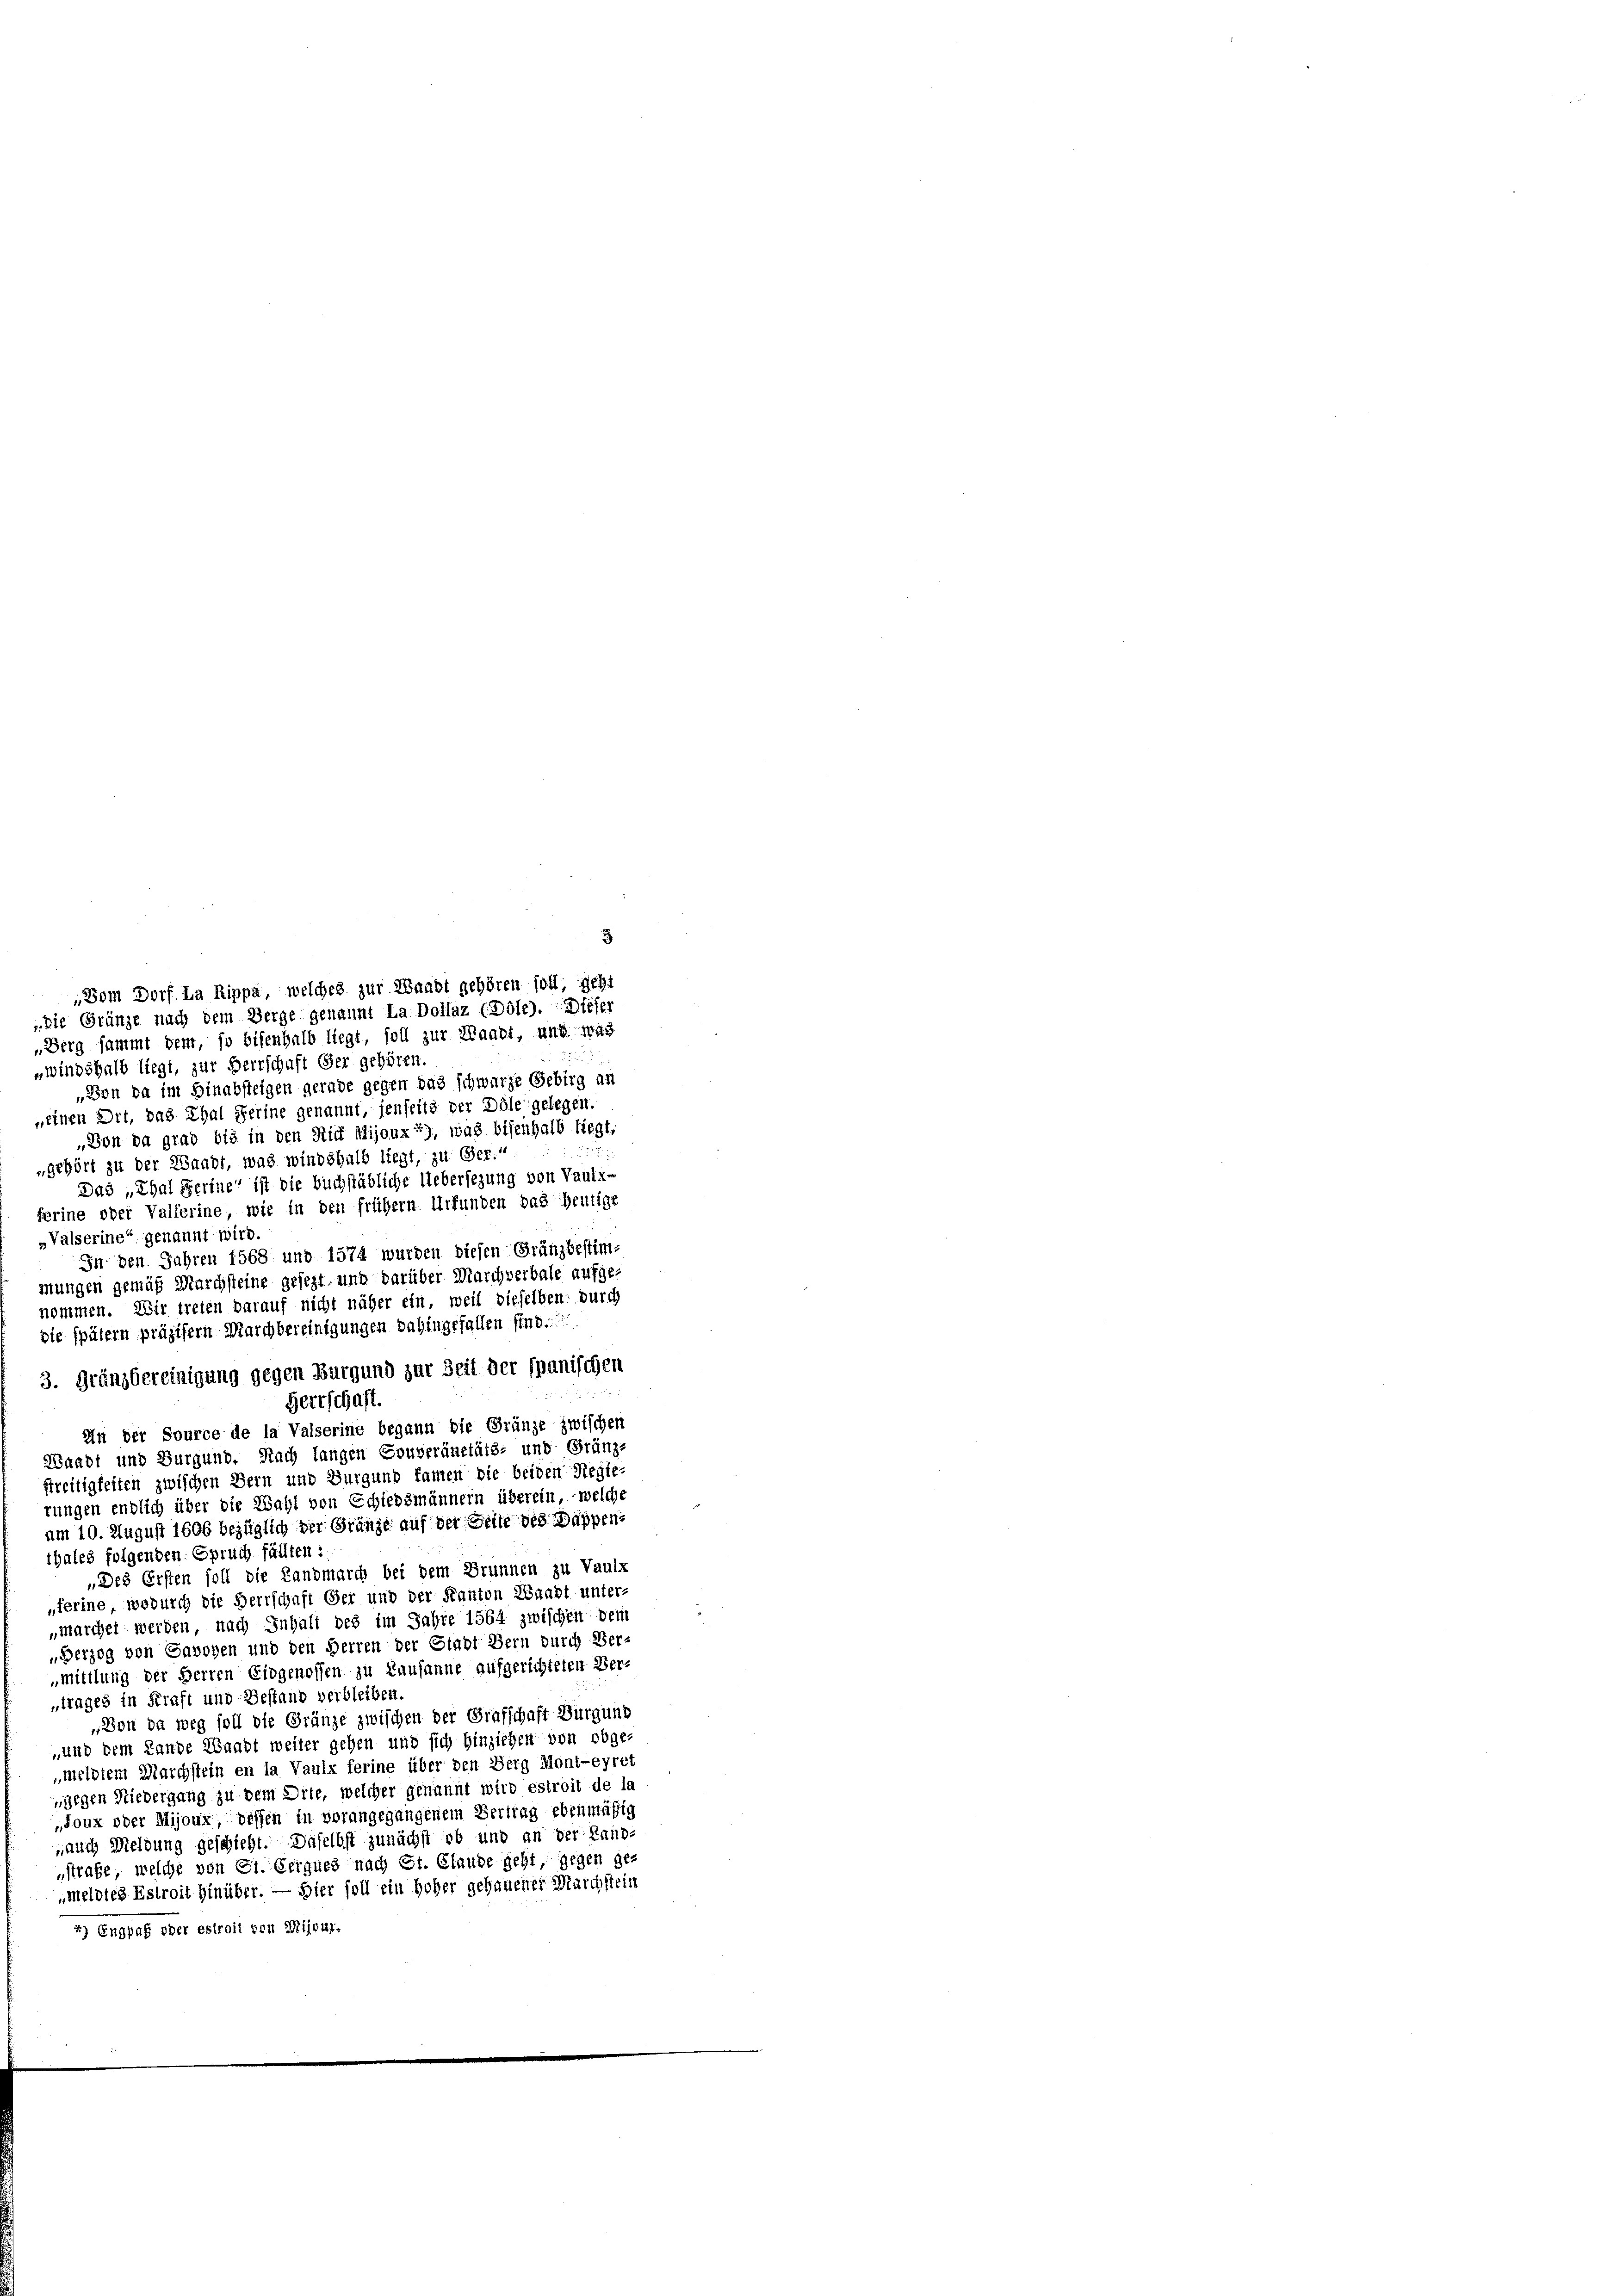
3

Dom Dorf La Rippa, welches zur Waadt gehören soll, geht
„die Gränze nach dem Verge genannt La Dollaz (Böle). Dieser
Berg sammt dem, so bisenhalb liegt, soll zur Waadt, und was
„windshalb liegt, zur Herrschaft der gehören.
„Von da im Hinabsteigen gerade gegen das schwarze Gebirg an
„einen Dit, das Thal Ferine genannt, jenseits der Dole gelegen.
„Von da grad bis in den Rich Mijoux*), was bisenhalb liegt,
„gehört zu der Waadt, was windshalb liegt, zu Ger.“
Das „Ehal Ferine“ ist die buchstäbliche Uebersezung von Vaulz-
ferine oder Valferine, wie in den frühern Urfunden das heutige
»Valserine“ genannt wird.
In den Jahren 1568 und 1574 wurden diesen Gränzbestim-
mungen gemäß Marchsteine gesezt, und darüber Marchverbale aufge-
nommen. Wir treten darauf nicht näher ein, weil dieselben durch
sie spätem präzisern Marchbereinigungen dahingefallen sind.
3. Gränzbereinigung gegen Burgund zur Zeit der spanischen
Herrschaft.
An der Source de la Valserine begann die Grünze zwischen
Waadt und Burgund. Nach langen Gouveränetäts- und Gränzstreitigkeiten zwischen Bern und Burgund kamen die beiden Regie-
rungen endlich über die Wahl von Schiedsmännern überein, welche
um 10. August 1606 bezüglich der Gränze auf der Seite des Dappen-
thales folgenden Spruch fällten:
„Des Ersten soll die Landmarch bei dem Brunnen zu Vaulx
„ferine, wodurch die Herrschaft Ger und der Kanton Waadt unter-
„marchet werden, nach Inhalt des im Jahre 1564 zwischen dem
„Berzog von Gawohen und den Herren der Stadt Bern durch Ver¬
„mittlung der Herren Eidgenossen zu Lausanne aufgerichteten Ver-
trages in Kraft und Bestand verbleiben
„Von da weg soll die Gränze zwischen der Grafschaft Burgung
„und dem Lande Waadt weiter gehen und sich hinziehen von obge-
„meldtem Marchstein en la Vaule ferine über den Berg Mont-eyret
wiegen Niedergang zu dem Orte, welcher genannt wird estroit de la
„Joux oder Mijoux, deffen in vorangegangenem Vertrag ebenmäßig
auch Meldung geschieht. Daselbst zunächst ob und an der Land-
strafe, welche von Ct. Gerques nach St. Claude geht, gegen ge-
meldtes Estroit hinüber. — Hier soll ein hoher gehauener Marchstein
2) Engpaf oder estroit von Mijour.